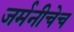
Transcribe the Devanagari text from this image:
जर्मनीचेच